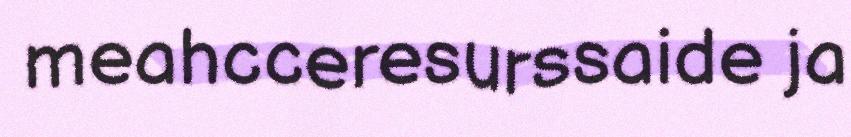
meahcceresurssaide ja